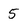
Character: 5